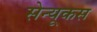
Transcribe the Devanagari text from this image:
सेन्यूकस